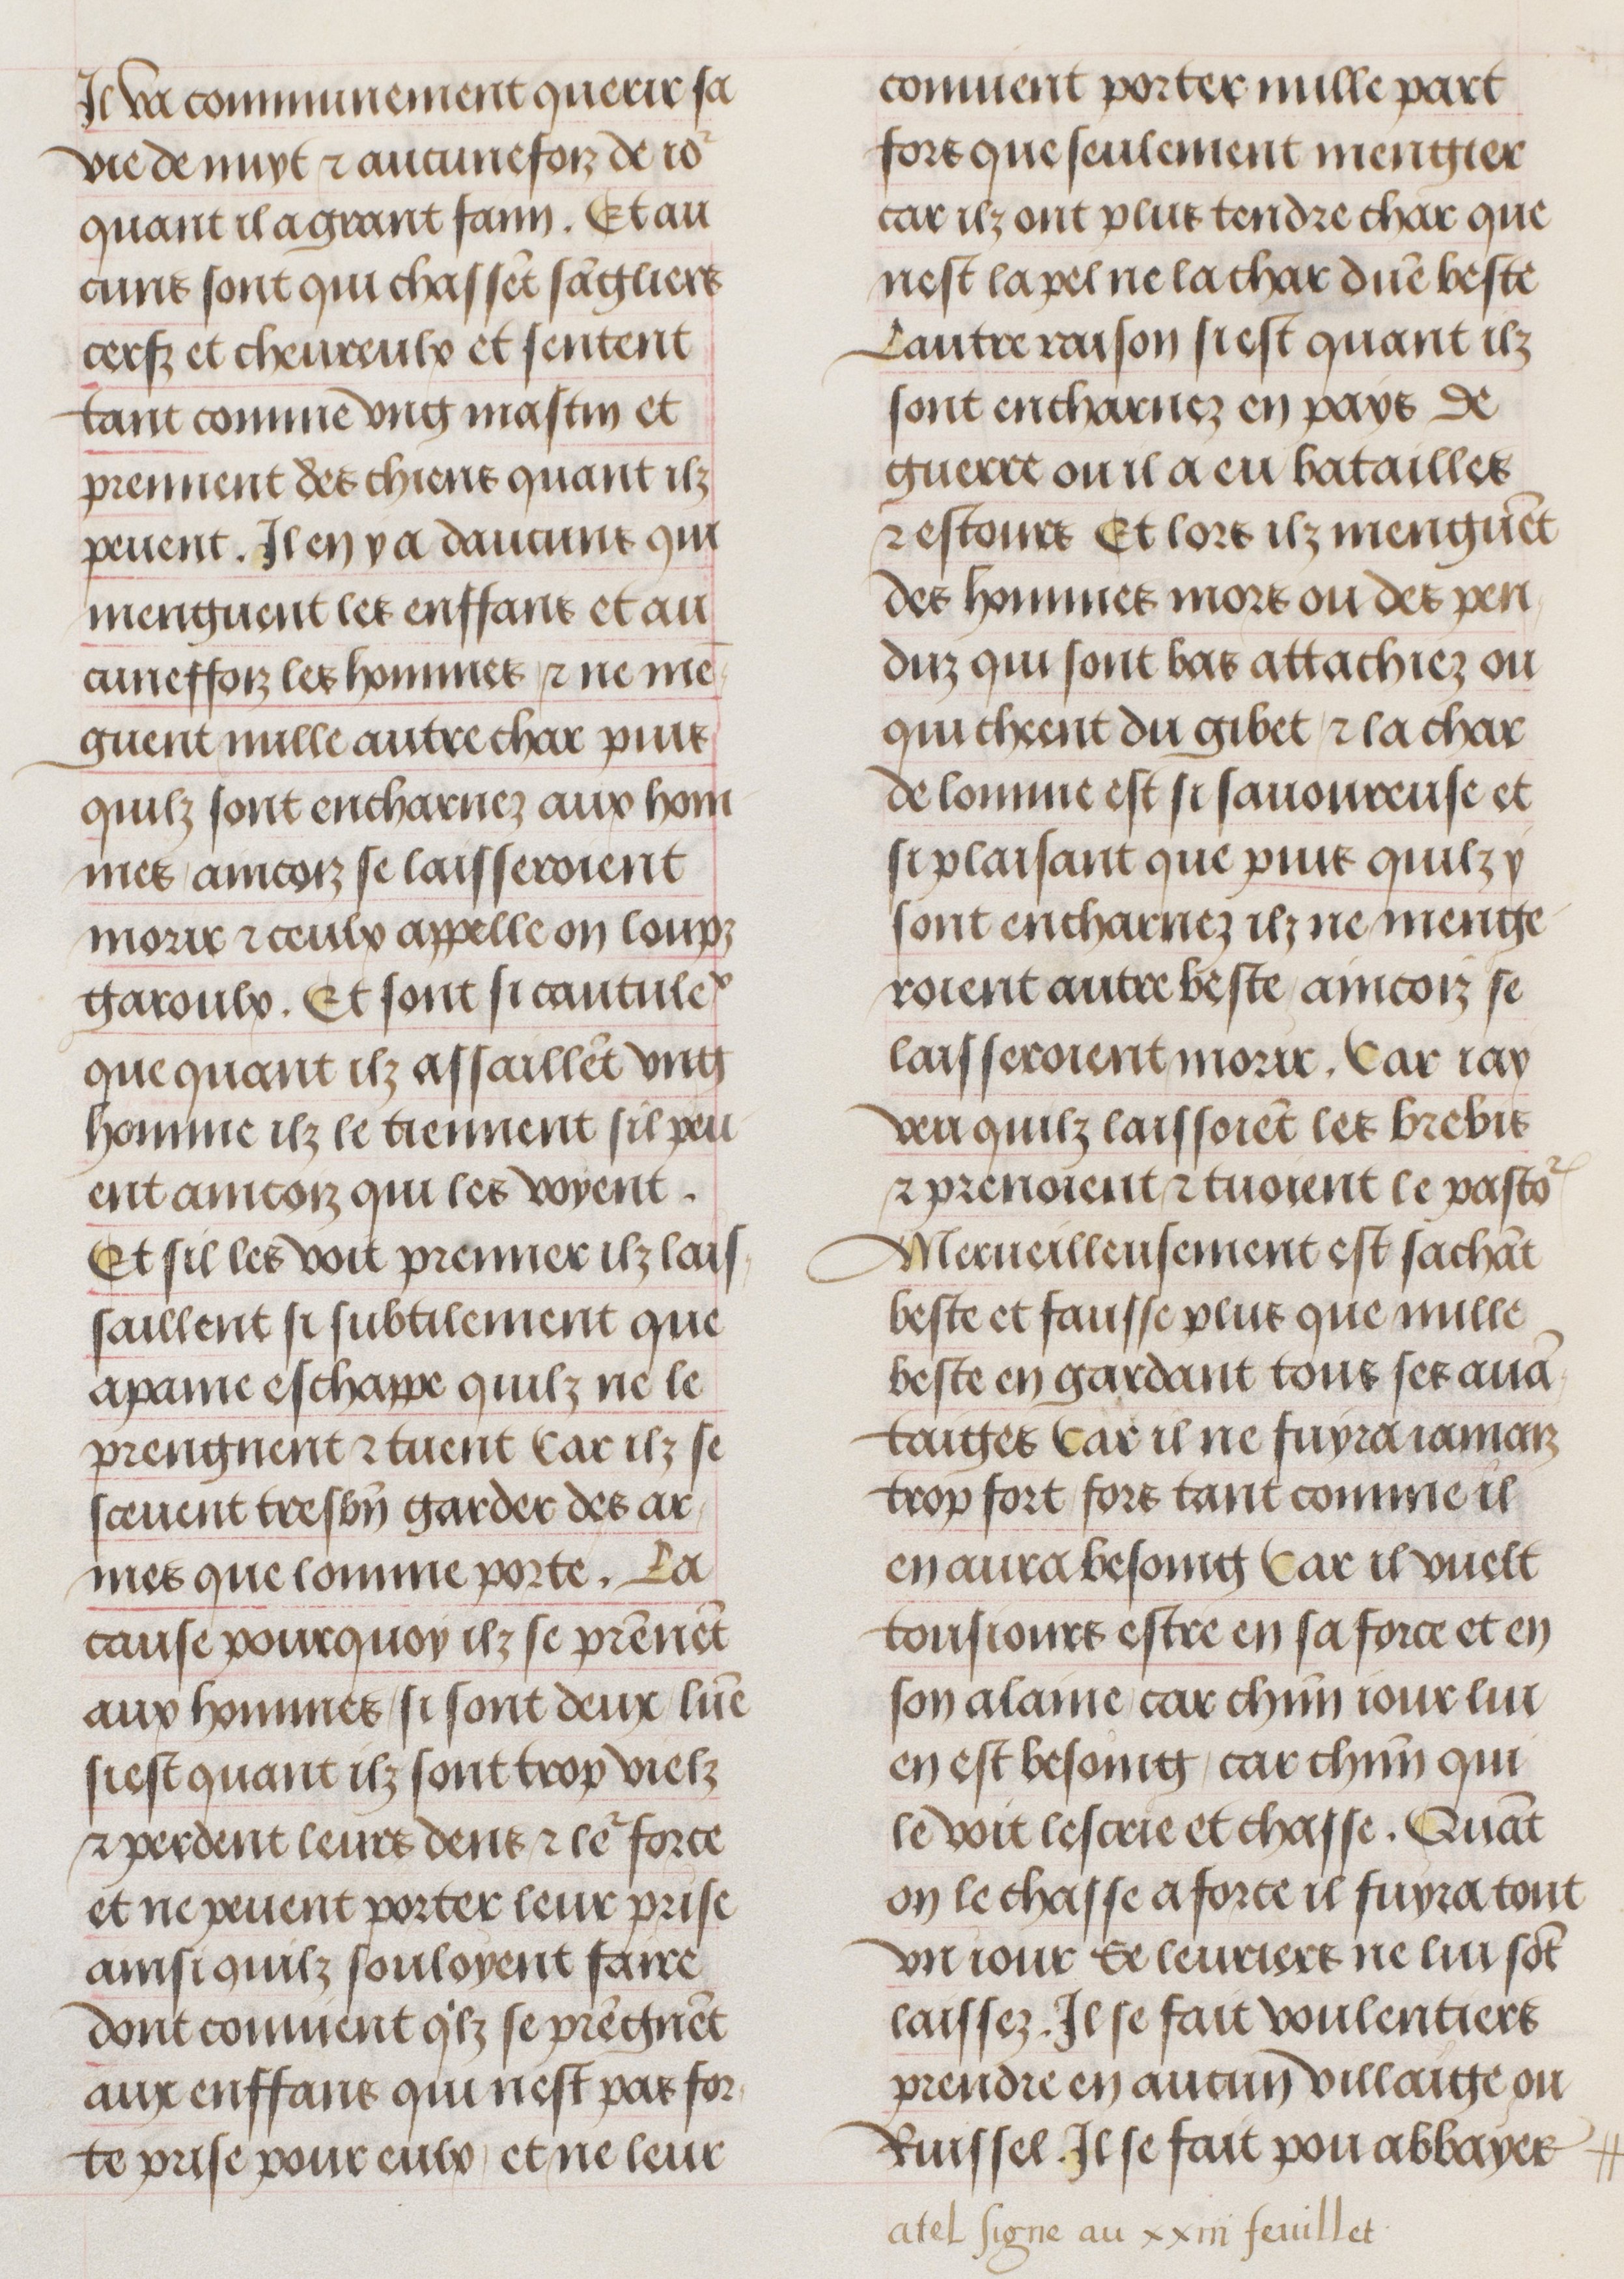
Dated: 1470–1500